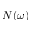
N ( \omega )